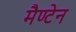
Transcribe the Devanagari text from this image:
मैण्टेन